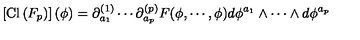
\left[ \mathrm { C l } \left( F _ { p } \right) \right] ( \phi ) = \partial _ { a _ { 1 } } ^ { ( 1 ) } \cdots \partial _ { a _ { p } } ^ { ( p ) } F ( \phi , \cdots , \phi ) d \phi ^ { a _ { 1 } } \wedge \cdots \wedge d \phi ^ { a _ { p } }